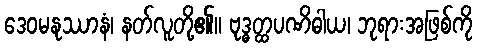
ဒေဝမနုဿာနံ၊ နတ်လူတို့၏။ ဗုဒ္ဓတ္ထပဏိဓါယ၊ ဘုရားအဖြစ်ကို